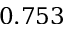
0 . 7 5 3